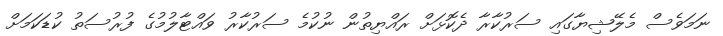
ނަމަވެސް މެލޭޝިޔާގައި ސަރުކާރާ ދެކޮޅަށް ރައްޔިތުން ނުކުމެ ސަރުކާރު ވައްޓާލުމުގެ ފުރުސަތު ކުޑަކަމަށް